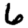
Digit: 6